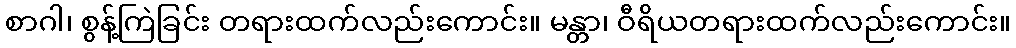
စာဂါ၊ စွန့်ကြဲခြင်း တရားထက်လည်းကောင်း။ မန္တာ၊ ဝီရိယတရားထက်လည်းကောင်း။